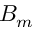
B _ { m }